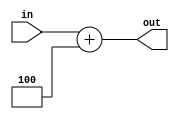
// Add.v

module Add4(
	input wire [31:0] in,
	output reg [31:0] out);
	
	always @(*) begin
		out <= in + 4;
	end
endmodule